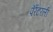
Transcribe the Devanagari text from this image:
पॅरेंटरली